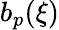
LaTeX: b_{p}(\xi)